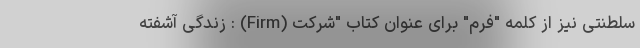
سلطنتی نیز از کلمه "فرم" برای عنوان کتاب "شرکت (Firm) : زندگی آشفته